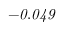
\it - 0 . 0 4 9